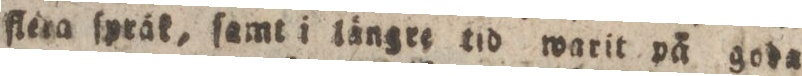
ſtera ſpräk, ſamt i längre tid warit på goda